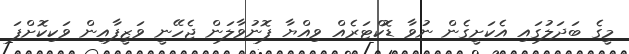
މީގެ ބަދަލުގައި އެކަށީގެން ނުވާ ޑޮކްޓަރެއް ވިއްޔާ ފޮނުވާލަން ޖެހޭނީ ވަޒީފާއިން ވަކިކޮށްފަ